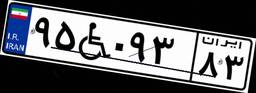
۹۵W۰۹۳۸۳